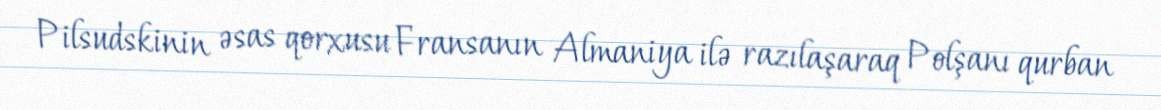
Pilsudskinin əsas qorxusu Fransanın Almaniya ilə razılaşaraq Polşanı qurban